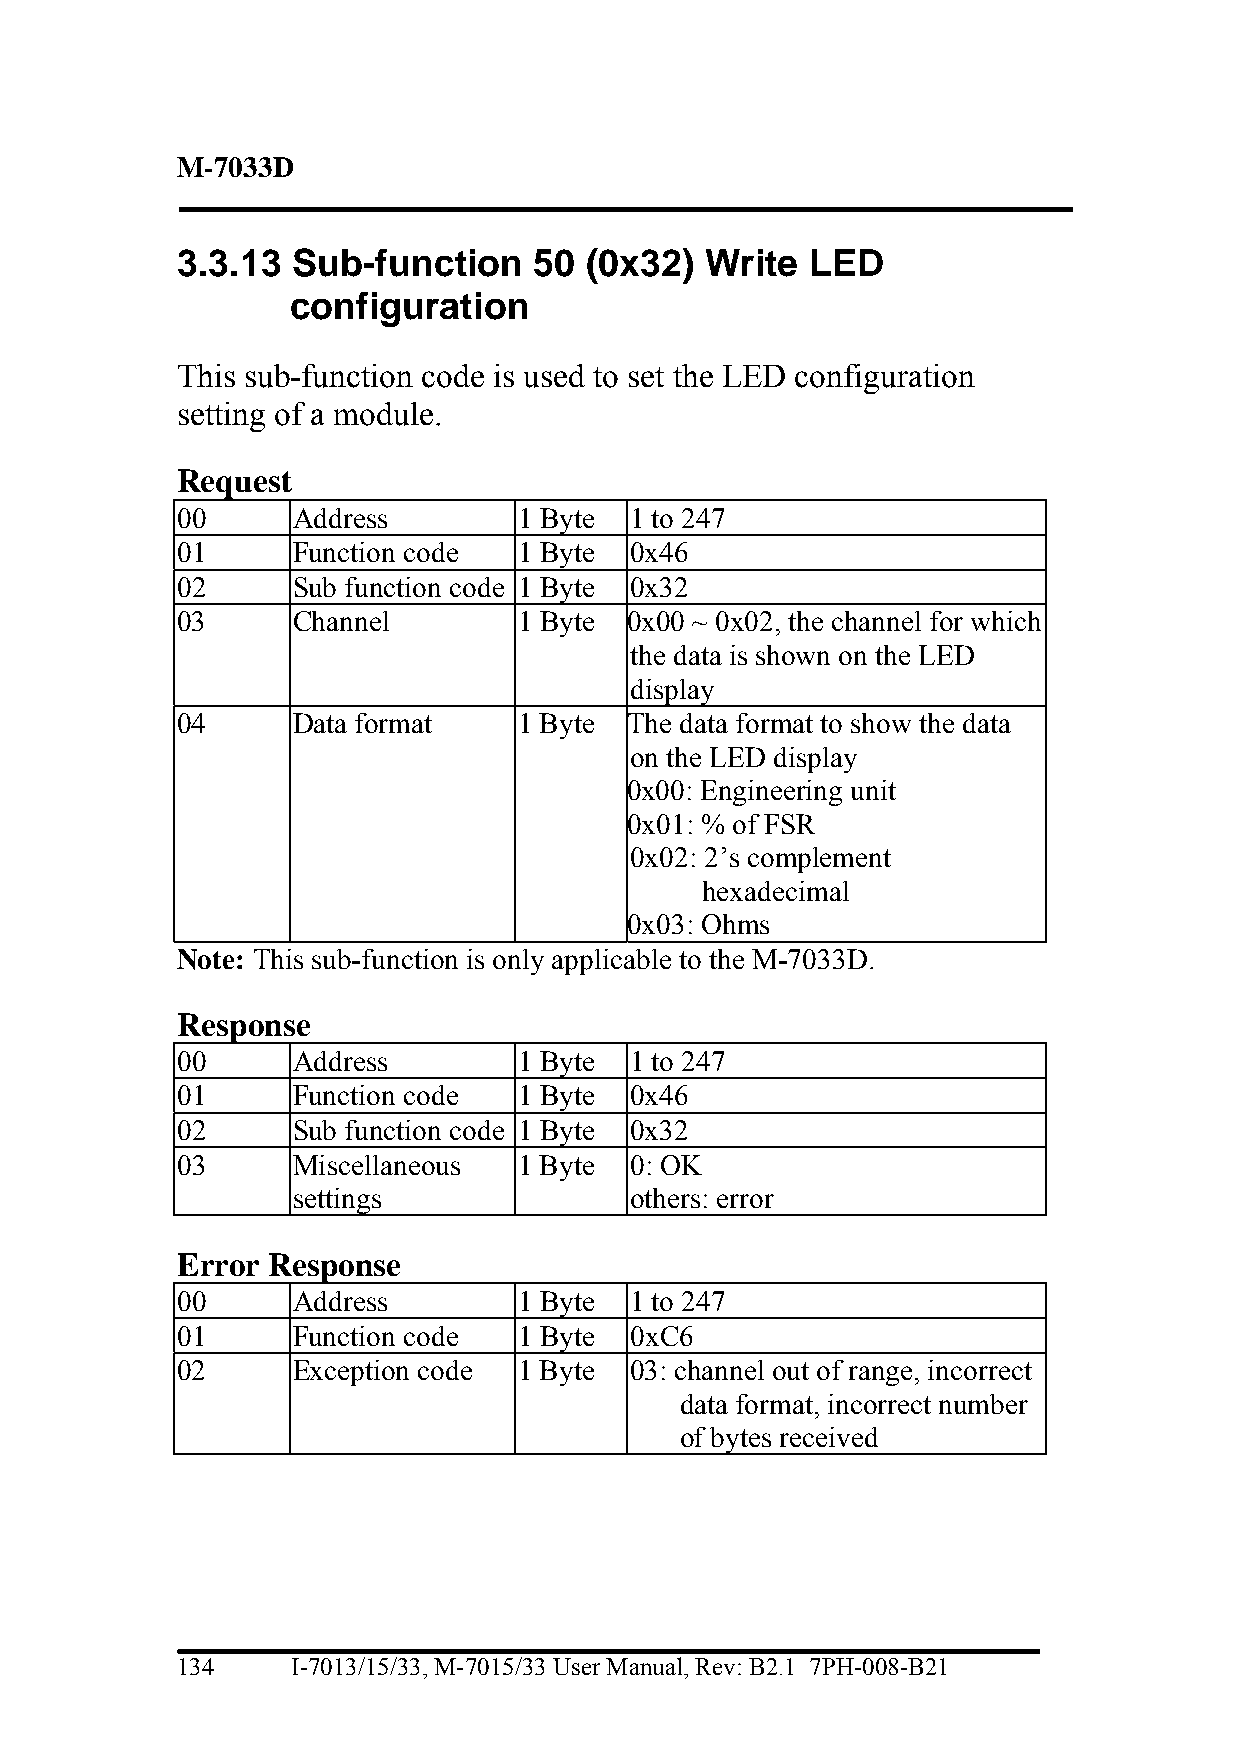
M-7033D
 3.3.13 Sub-function    50  (0x32)  Write  LED
 configuration
 This sub-function code is used to set the LED configuration
 setting of a module.
 Request
 00     Address        1 Byte  1 to 247
 01     Function code  1 Byte  0x46
 02     Sub function code 1 Byte 0x32
 03     Channel        1 Byte  0x00 ~ 0x02, the channel for which
 the data is shown on the LED
 display
 04     Data format    1 Byte  The data format to show the data
 on the LED display
 0x00: Engineering unit
 0x01: % of FSR
 0x02: 2’s complement
 hexadecimal
 0x03: Ohms
 Note: This sub-function is only applicable to the M-7033D.
 Response
 00     Address        1 Byte  1 to 247
 01     Function code  1 Byte  0x46
 02     Sub function code 1 Byte 0x32
 03     Miscellaneous  1 Byte  0: OK
 settings               others: error
 Error Response
 00     Address        1 Byte  1 to 247
 01     Function code  1 Byte  0xC6
 02     Exception code 1 Byte  03: channel out of range, incorrect
 data format, incorrect number
 of bytes received
 134    I-7013/15/33, M-7015/33 User Manual, Rev: B2.1 7PH-008-B21